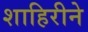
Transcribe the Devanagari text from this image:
शाहिरीने